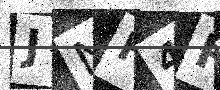
Text: JNH4RO